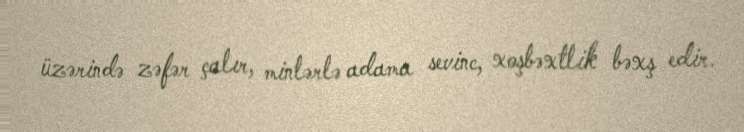
üzərində zəfər çalır, minlərlə adama sevinc, xoşbəxtlik bəxş edir.